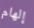
إلهام